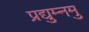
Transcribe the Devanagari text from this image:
प्रद्युम्नमु